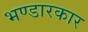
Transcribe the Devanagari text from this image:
भण्डारकार